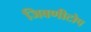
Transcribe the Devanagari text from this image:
जिवणीटोप